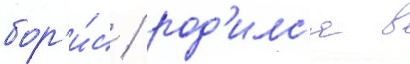
бор'и́с / род'илс'я в